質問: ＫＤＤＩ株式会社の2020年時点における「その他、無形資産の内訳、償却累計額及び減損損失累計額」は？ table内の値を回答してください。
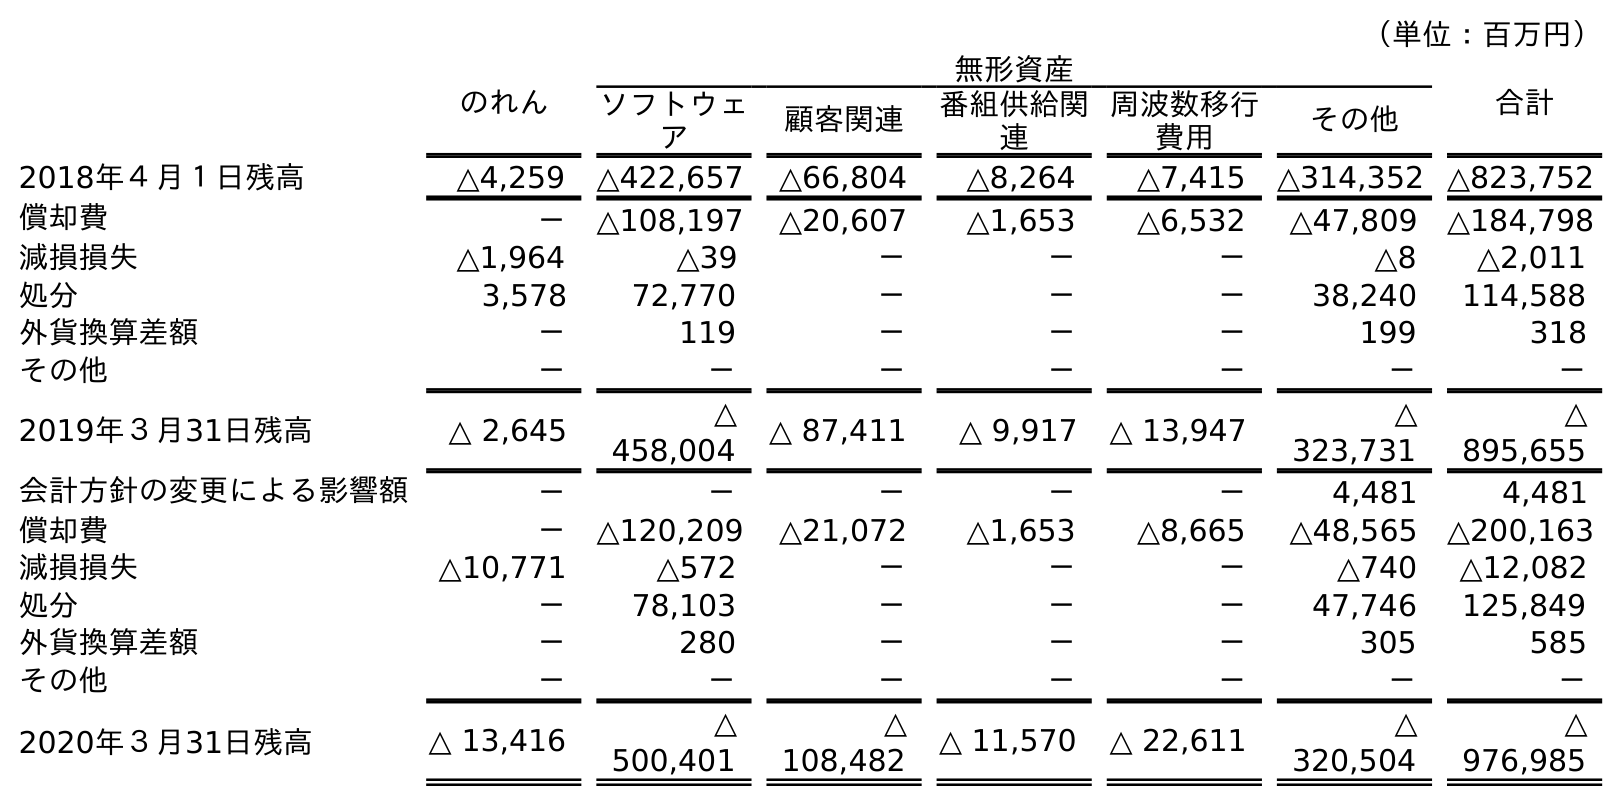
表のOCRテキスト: （単位：百万円） のれん 無形資産 合計 ソフトウェ ア 顧客関連 番組供給関 連 周波数移行 費用 その他 2018年４月１日残高 △4,259 △422,657 △66,804 △8,264 △7,415 △314,352 △823,752 償却費 － △108,197 △20,607 △1,653 △6,532 △47,809 △184,798 減損損失 △1,964 △39 － － － △8 △2,011 処分 3,578 72,770 － － － 38,240 114,588 外貨換算差額 － 119 － － － 199 318 その他 － － － － － － － 2019年３月31日残高 △ 2,645 △ 458,004 △ 87,411 △ 9,917 △ 13,947 △ 323,731 △ 895,655 会計方針の変更による影響額 － － － － － 4,481 4,481 償却費 － △120,209 △21,072 △1,653 △8,665 △48,565 △200,163 減損損失 △10,771 △572 － － － △740 △12,082 処分 － 78,103 － － － 47,746 125,849 外貨換算差額 － 280 － － － 305 585 その他 － － － － － － － 2020年３月31日残高 △ 13,416 △ 500,401 △ 108,482 △ 11,570 △ 22,611 △ 320,504 △ 976,985
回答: △320,504